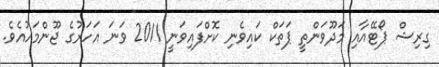
ގިރިޝް ޕޯޓޭއާއި މަދޫވަންތީ ޕަތަކް ކައިވެނި ކޮށްފައިވަނީ 2011 ވަނަ އަހަރުގެ ޖޫންމަހުއެވެ.